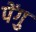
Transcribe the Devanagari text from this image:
पेंगु